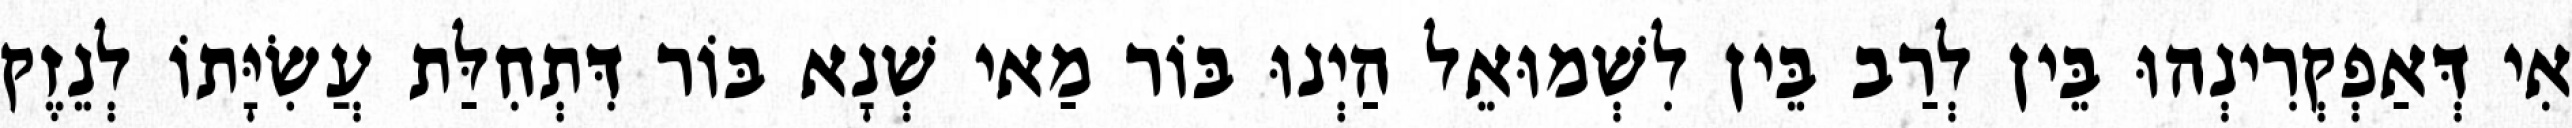
אִי דְּאַפְקְרִינְהוּ בֵּין לְרַב בֵּין לִשְׁמוּאֵל הַיְנוּ בּוֹר מַאי שְׁנָא בּוֹר דִּתְחִלַּת עֲשִׂיָּתוֹ לְנֵזֶק